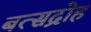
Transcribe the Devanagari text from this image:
बत्सद्रोह